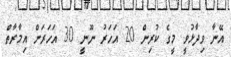
އޭނާ ވިދާޅުވީ މީގެ ކުރިން 20 އަހަރު ނޫނީ 30 އަހަރަށް އިމާރާތް